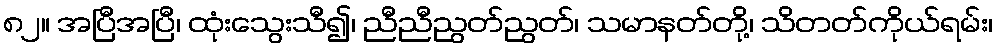
၈၂။ အပြီအပြီ၊ ထုံးသွေးသီ၍၊ ညီညီညွတ်ညွတ်၊ သမာနတ်တို့၊ သိတတ်ကိုယ်ရမ်း၊